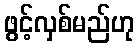
ဖွင့်လှစ်မည်ဟု